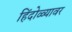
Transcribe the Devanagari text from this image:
हिंदोळ्यावर